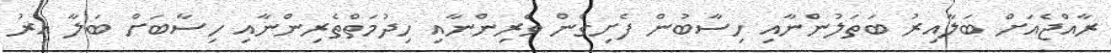
ރާއްޖެއަށް ބަލާއިރު ބަތަލުންނާއި ހިސާބުން ފެށިގެން ވެރިންނާއި ހިދުމަތްތެރިންނާއި ހިސާބަށް ބަލާ އިރު